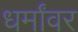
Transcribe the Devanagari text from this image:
धर्मांवर